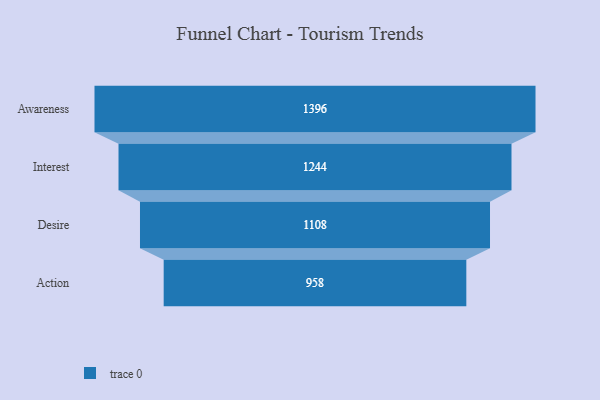
{"axis": {"x": "Stage", "y": "Value"}, "legend": [""], "data": [{"x": "Awareness", "y": 1396.0, "type": ""}, {"x": "Interest", "y": 1244.0, "type": ""}, {"x": "Desire", "y": 1108.0, "type": ""}, {"x": "Action", "y": 958.0, "type": ""}]}